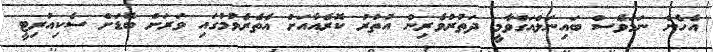
އެހެން ނަމަވެސް ބައިނަލްއަގްވާމީ ދަތުރުވެރިން އުތުރު ކޮރެއާއަށް އެތެރެވުމުގައި ވަރަށް ބޮޑަށް ސެކިއުރިޓީ